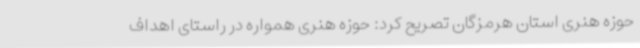
حوزه هنری استان هرمزگان تصریح کرد: حوزه هنری همواره در راستای اهداف